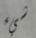
شيء